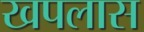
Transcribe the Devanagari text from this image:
खपलास